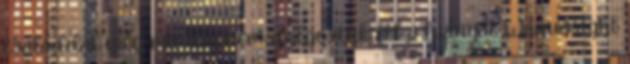
családdal még mindig nem dolgoztuk fel a hiányát Wainwright